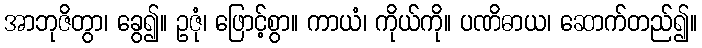
အာဘုဇိတွာ၊ ခွေ၍။ ဥဇုံ၊ ဖြောင့်စွာ။ ကာယံ၊ ကိုယ်ကို။ ပဏိဓာယ၊ ဆောက်တည်၍။